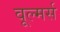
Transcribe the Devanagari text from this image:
वूल्मर्स